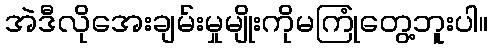
အဲဒီလိုအေးချမ်းမှုမျိုးကိုမကြုံတွေ့ဘူးပါ။